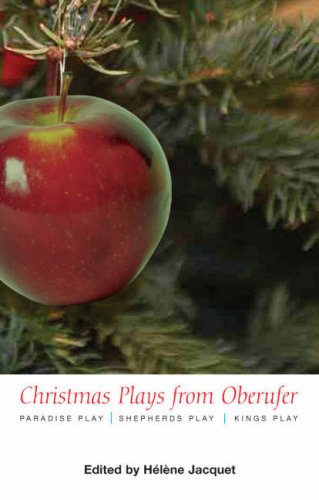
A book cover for Christmas Plays from Oberufer: The Paradise Play--The Shepherds Play--The Kings Play; Literature & Fiction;